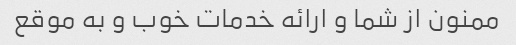
ممنون از شما و ارائه خدمات خوب و به موقع